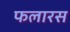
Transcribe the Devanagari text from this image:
फलारस